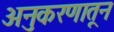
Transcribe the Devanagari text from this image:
अनुकरणातून